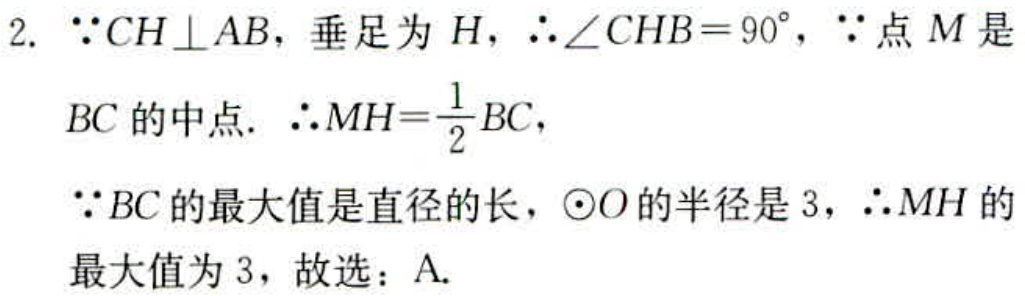
2. $\because CH\perp AB$，垂足为$H$，$\therefore \angle CHB = 90^{\circ}$，$\because$点$M$是
$BC$的中点. $\therefore MH=\frac{1}{2}BC$，
$\because BC$的最大值是直径的长，$\odot O$的半径是$3$，$\therefore MH$的
最大值为$3$，故选：A.